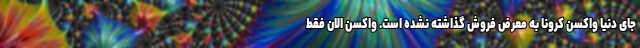
جای دنیا واکسن کرونا به معرض فروش گذاشته نشده است. واکسن الان فقط